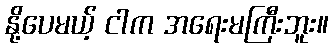
နို့ပေမယ့် ငါက အရေးမကြီးဘူး။